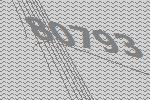
80793